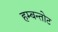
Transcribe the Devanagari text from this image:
हम्बन्तोट